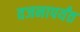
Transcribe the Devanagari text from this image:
वजनापर्यंत